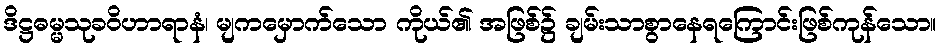
ဒိဋ္ဌဓမ္မသုခဝိဟာရာနံ၊ မျကမှောက်သော ကိုယ်၏ အဖြစ်၌ ချမ်းသာစွာနေရကြောင်းဖြစ်ကုန်သော။